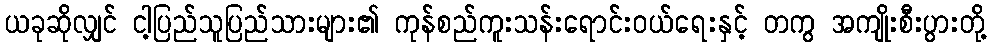
ယခုဆိုလျှင် ငါ့ပြည်သူပြည်သားများ၏ ကုန်စည်ကူးသန်းရောင်းဝယ်ရေးနှင့် တကွ အကျိုးစီးပွားတို့